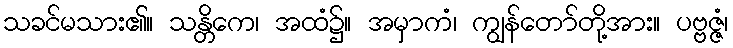
သခင်မသား၏။ သန္တိကေ၊ အထံ၌။ အမှာကံ၊ ကျွန်တော်တို့အား။ ပဗ္ဗဇ္ဇံ၊